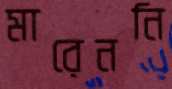
মারেননি